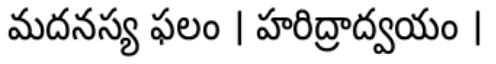
మదనస్య ఫలం । హరిద్రాద్వయం ।